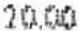
20.00